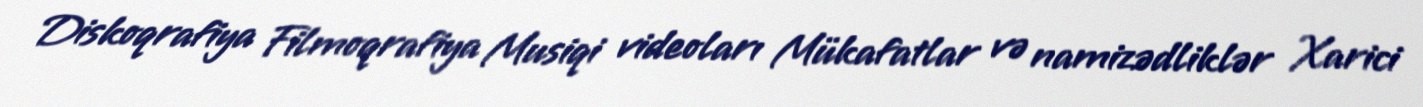
Diskoqrafiya Filmoqrafiya Musiqi videoları Mükafatlar və namizədliklər Xarici